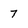
Character: 7